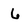
Character: 6